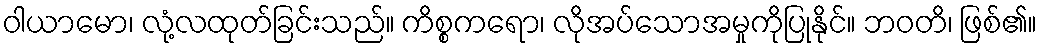
ဝါယာမော၊ လုံ့လထုတ်ခြင်းသည်။ ကိစ္စကရော၊ လိုအပ်သောအမှုကိုပြုနိုင်။ ဘဝတိ၊ ဖြစ်၏။